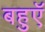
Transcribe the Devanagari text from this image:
बहुएॅ